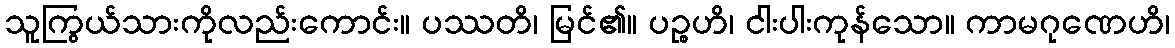
သူကြွယ်သားကိုလည်းကောင်း။ ပဿတိ၊ မြင်၏။ ပဉ္စဟိ၊ ငါးပါးကုန်သော။ ကာမဂုဏေဟိ၊